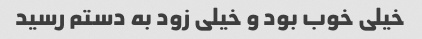
خیلی خوب بود و خیلی زود به دستم رسید